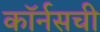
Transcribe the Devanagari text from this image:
कॉर्नसची